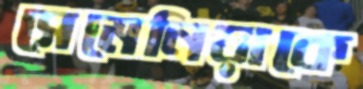
সেমেনিয়াকে